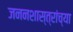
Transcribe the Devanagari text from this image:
जननशास्त्रांच्या